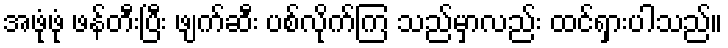
အဖုံဖုံ ဖန်တီးပြီး ဖျက်ဆီး ပစ်လိုက်ကြ သည်မှာလည်း ထင်ရှားပါသည်။